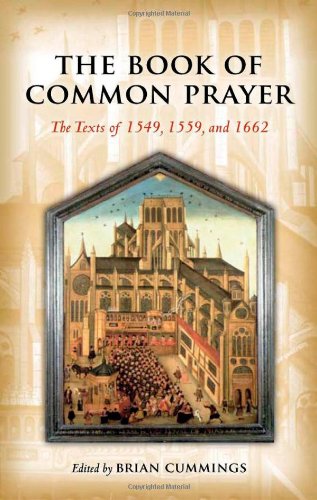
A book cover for The Book of Common Prayer: The Texts of 1549, 1559, and 1662 (Oxford World's Classics); Brian Cummings; Christian Books & Bibles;